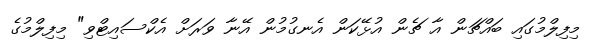
މިފިލްމުގައި ބައްޗަން އާ ޗެން އުޅޭކަން އެނގުމުން އޭނާ ވަރަށް އެކްސައިޓްވި" މިފިލްމުގެ